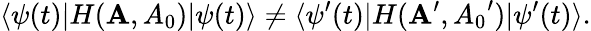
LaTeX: \langle\psi(t)|H({\mathbf A},{A_{0}})|\psi(t)\rangle\neq\langle\psi^{\prime}(t)|H({\mathbf A}^{\prime},{A_{0}}^{\prime})|\psi^{\prime}(t)\rangle.